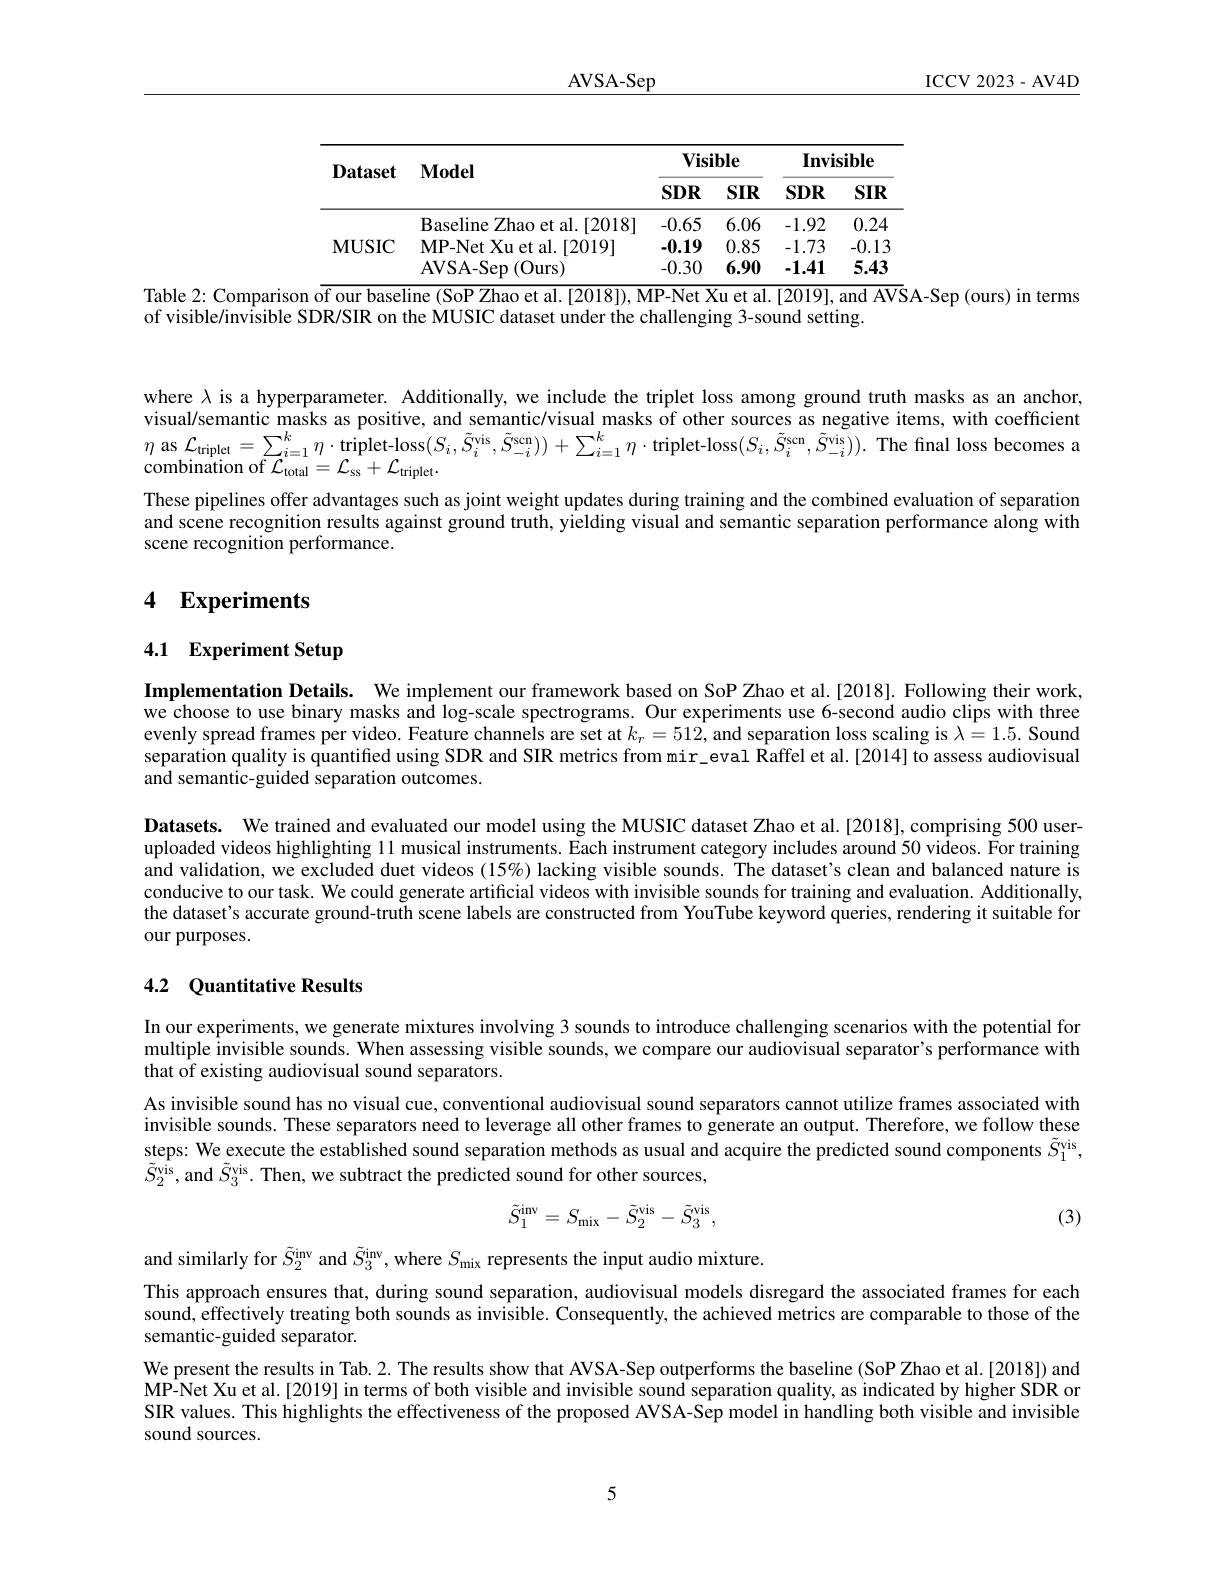
$\underline{\mathrm{AVSA-Sep}}$

ICCV 2023-AV4D

<table>
	<tbody>
		<tr>
			<th rowspan="2">$\mathbf{Dataset}$</th>
			<th rowspan="2">$\mathbf{Model}$</th>
			<th colspan="2">$\mathbf{Visible}$</th>
			<th colspan="2">$\mathbf{Invisible}$</th>
		</tr>
		<tr>
			<th>$SDR$</th>
			<th>$SIR$</th>
			<th>$SDR$</th>
			<th>$SIR$</th>
		</tr>
		<tr>
			<td rowspan="3">$\mathbf{MUSIC}$</td>
			<td>Baseline Zhao et al. [ 2018] </td>
			<td>-0.65</td>
			<td>6.06</td>
			<td>-1.92</td>
			<td>0.24</td>
		</tr>
		<tr>
			<td>$\mathbf{MP-Net~Xu~et~al.~[2019]}$</td>
			<td>-0.19</td>
			<td>0.85</td>
			<td>-1.73</td>
			<td>-0.13</td>
		</tr>
		<tr>
			<td>AVSA- Sep ( Ours) </td>
			<td>-0.30</td>
			<td>6.90</td>
			<td>-1.41</td>
			<td>5.43</td>
		</tr>
	</tbody>
</table>
Table 2: Comparison of our baseline (SoP Zhao et al.[2018]), MP-Net Xu et al.[2019], and AVSA-Sep (ours) in terms

of visible/invisible SDR/SIR on the MUSIC dataset under the challenging 3-sound setting.

where $\lambda$ is a hyperparameter. Additionally, we include the triplet loss among ground truth masks as an anchor, visual/semantic masks as positive, and semantic/visual masks of other sources as negative items, with coefficient $\eta$ as $\mathcal{L}_\text{triplet}=\sum_{i=1}^{k}\eta\cdot$ triplet-loss$(S_i,\tilde{S}_i^{\mathrm{vis}},\tilde{S}_{-i}^{\mathrm{scn}}))+\sum_{i=1}^{k}\eta\cdot$triplet-loss$(S_i,\tilde{S}_i^{\mathrm{scn}},\tilde{S}_{-i}^{\mathrm{vis}})).$ The final loss becomes ${\mathrm{combination~of~}}{\mathcal{L}}_{\mathrm{total}}^{\iota=1}={\mathcal{L}}_{\mathrm{ss}}+{\mathcal{L}}_{\mathrm{triplet}}.$
These pipelines offer advantages such as joint weight updates during training and the combined evaluation of separation and scene recognition results against ground truth, yielding visual and semantic separation performance along with scene recognition performance.

## 4 Experiments

## 4.1 Experiment Setup

Implementation Details. We implement our framework based on SoP Zhao et al.[2018]. Following their work we choose to use binary masks and log-scale spectrograms. Our experiments use 6-second audio clips with three evenly spread frames per video. Feature channels are set at $k_r=512$, and separation loss scaling is $\lambda=1.5.$ Sound separation quality is quantified using SDR and SIR metrics from mir\_eval Raffel et al.[2014] to assess audiovisual and semantic-guided separation outcomes.

Datasets. We trained and evaluated our model using the MUSIC dataset Zhao et al.[2018], comprising 500 useruploaded videos highlighting 11 musical instruments. Each instrument category includes around 50 videos. For training and validation, we excluded duet videos (15%) lacking visible sounds. The dataset's clean and balanced nature is conducive to our task. We could generate artificial videos with invisible sounds for training and evaluation. Additionally the dataset's accurate ground-truth scene labels are constructed from YouTube keyword queries, rendering it suitable for our purposes.

## 4.2 Quantitative Results

In our experiments, we generate mixtures involving 3 sounds to introduce challenging scenarios with the potential for multiple invisible sounds. When assessing visible sounds, we compare our audiovisual separator's performance with that of existing audiovisual sound separators.
As invisible sound has no visual cue, conventional audiovisual sound separators cannot utilize frames associated with invisible sounds. These separators need to leverage all other frames to generate an output. Therefore, we follow these steps: We execute the established sound separation methods as usual and acquire the predicted sound components $\tilde{S}_1^\mathrm{vis}$, $\tilde{S}_{2}^{{\hat{\mathrm{vis}}}}$, and $\tilde{S}_{3}^{{\mathrm{vis}}}.$ Then, we subtract the predicted sound for other sources,
$$\tilde{S}_{1}^{\mathrm{inv}}=S_{\mathrm{mix}}-\tilde{S}_{2}^{\mathrm{vis}}-\tilde{S}_{3}^{\mathrm{vis}},$$
(3)

and similarly for $\tilde{S}_2^\mathrm{inv}$ and $\tilde{S}_3^\mathrm{inv}$, where $S_\mathrm{mix}$ represents the input audio mixture
This approach ensures that, during sound separation, audiovisual models disregard the associated frames for each sound, effectively treating both sounds as invisible. Consequently, the achieved metrics are comparable to those of the semantic-guided separator.
We present the results in Tab. 2. The results show that AVSA-Sep outperforms the baseline (SoP Zhao et al.[2018]) and MP-Net Xu et al.[2019] in terms of both visible and invisible sound separation quality, as indicated by higher SDR or SIR values. This highlights the effectiveness of the proposed AVSA-Sep model in handling both visible and invisible sound sources.

5